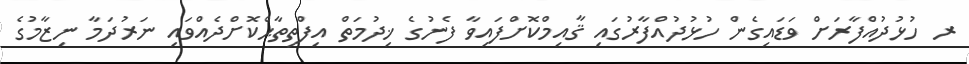
ރ ހުޅުދުއްފާރަށް ވަޑައިގެން ހުޅުދުއްފާރުގައި ޤާއިމްކޮށްފައިވާ ފެނުގެ ޚިދުމަތް އިފްތިތާޙްކޮށްދެއްވައި ނަރުދަމާ ނިޒާމުގެ